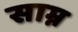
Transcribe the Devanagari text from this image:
साम्न